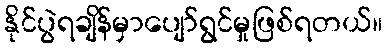
နိုင်ပွဲရချိန်မှာပျော်ရွင်မှုဖြစ်ရတယ်။